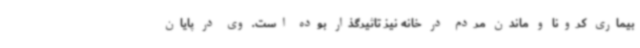
بیماری کرونا و ماندن مردم در خانه نیز تاثیرگذار بوده است. وی در پایان